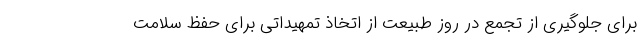
برای جلوگیری از تجمع در روز طبیعت از اتخاذ تمهیداتی برای حفظ سلامت